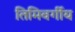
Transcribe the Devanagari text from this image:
तिमिवर्गीय